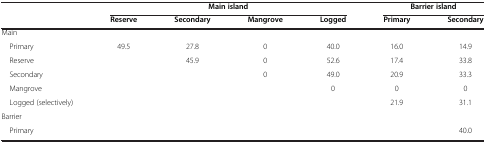
<table><thead><tr><td><b> </b></td><td colspan="4"><b>Main island</b></td><td colspan="2"><b>Barrier island</b></td></tr><tr><td><b> </b></td><td><b>Reserve</b></td><td><b>Secondary</b></td><td><b>Mangrove</b></td><td><b>Logged</b></td><td><b>Primary</b></td><td><b>Secondary</b></td></tr></thead><tbody><tr><td>Main</td><td> </td><td> </td><td> </td><td> </td><td> </td><td> </td></tr><tr><td> Primary</td><td>49.5</td><td>27.8</td><td>0</td><td>40.0</td><td>16.0</td><td>14.9</td></tr><tr><td> Reserve</td><td> </td><td>45.9</td><td>0</td><td>52.6</td><td>17.4</td><td>33.8</td></tr><tr><td> Secondary</td><td> </td><td> </td><td>0</td><td>49.0</td><td>20.9</td><td>33.3</td></tr><tr><td> Mangrove</td><td> </td><td> </td><td> </td><td>0</td><td>0</td><td>0</td></tr><tr><td> Logged (selectively)</td><td> </td><td> </td><td> </td><td> </td><td>21.9</td><td>31.1</td></tr><tr><td>Barrier</td><td> </td><td> </td><td> </td><td> </td><td> </td><td> </td></tr><tr><td> Primary</td><td> </td><td> </td><td> </td><td> </td><td> </td><td>40.0</td></tr></tbody></table>